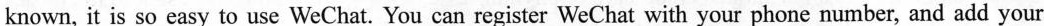
known, it is so easy to use WeChat. You can register WeChat with your phone number, and add your